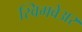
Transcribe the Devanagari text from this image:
स्विमवेअर